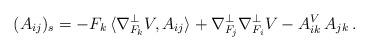
LaTeX: \begin{align*}(A_{ij})_s = - F_k \, \langle \nabla_{F_k}^{\perp} V , A_{ij} \rangle + \nabla_{F_j}^{\perp} \nabla_{F_i}^{\perp} V - A^V_{ik} \, A_{jk} \, .\end{align*}